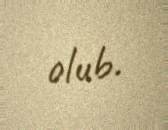
olub.